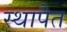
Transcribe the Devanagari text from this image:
स्थापैत